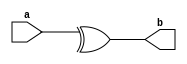
module parity(a,b);
input [3:0]a;
output  b;
assign b=^a;
endmodule